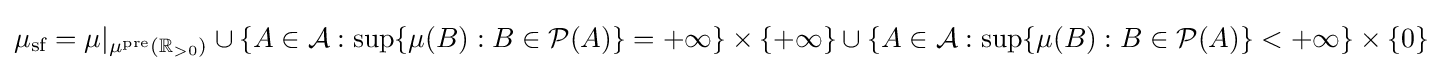
\mu _{\text{sf}}=\mu |_{\mu ^{\text{pre}}(\mathbb {R} _{>0})}\cup \{A\in {\cal {A}}:\sup\{\mu (B):B\in {\cal {P}}(A)\}=+\infty \}\times \{+\infty \}\cup \{A\in {\cal {A}}:\sup\{\mu (B):B\in {\cal {P}}(A)\}<+\infty \}\times \{0\}